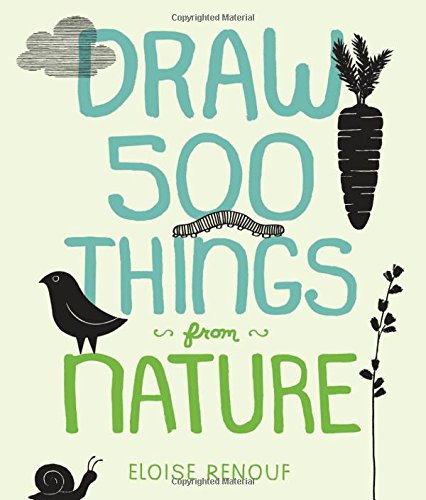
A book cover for Draw 500 Things from Nature: A Sketchbook for Artists, Designers, and Doodlers; Eloise Renouf; Arts & Photography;